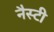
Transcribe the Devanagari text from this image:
नैस्टी